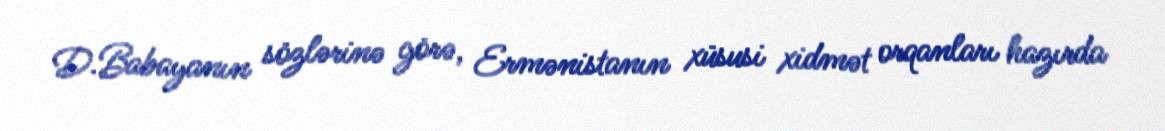
D.Babayanın sözlərinə görə, Ermənistanın xüsusi xidmət orqanları hazırda